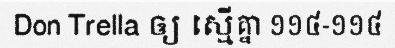
Don Trella ឲ្យ ស្មើគ្នា ១១៤-១១៤